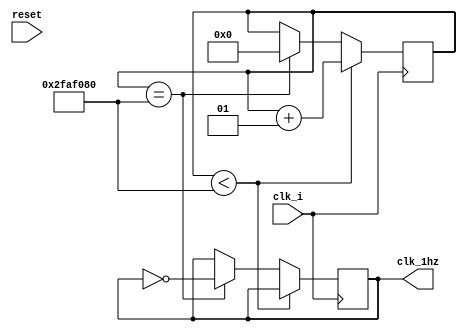
`timescale 1ns / 1ps
//////////////////////////////////////////////////////////////////////////////////
// Company: 
// Engineer: 
// 
// Design Name: 
// Module Name: clock_divider1
// Project Name: 
// Target Devices: 
// Tool Versions: 
// Description: 
// 
// Dependencies: 
// 
// Revision:
// Revision 0.01 - File Created
// Additional Comments:
// 
//////////////////////////////////////////////////////////////////////////////////


module clock_divider1(clk_i,reset,clk_1hz);

input clk_i,reset; 
output reg clk_1hz;
integer divisor;

initial begin
divisor = 0;
clk_1hz =0;
end

always @(posedge clk_i)
    begin
        if (divisor < (5*10**7)) begin
            divisor <= divisor + 1;
        end else if(divisor == (5*10**7)) begin
            divisor <= 0;
            clk_1hz = ~clk_1hz;
            end
        end
endmodule